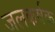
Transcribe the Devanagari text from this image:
जलकर्षक